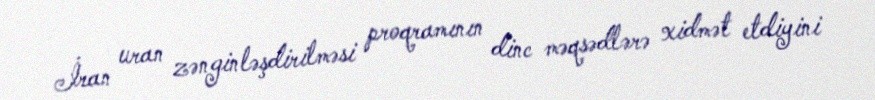
İran uran zənginləşdirilməsi proqramının dinc məqsədlərə xidmət etdiyini